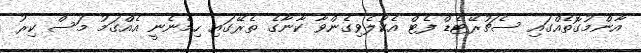
އާންމުގޮތެއްގައި ސެޗުރޭޓެޑް ފެޓް އެކުލެވިގެންވާ ކާނާގެ ތެރޭގައި ހިމެނެނީ އެއްގަމު މަސް ކިރު